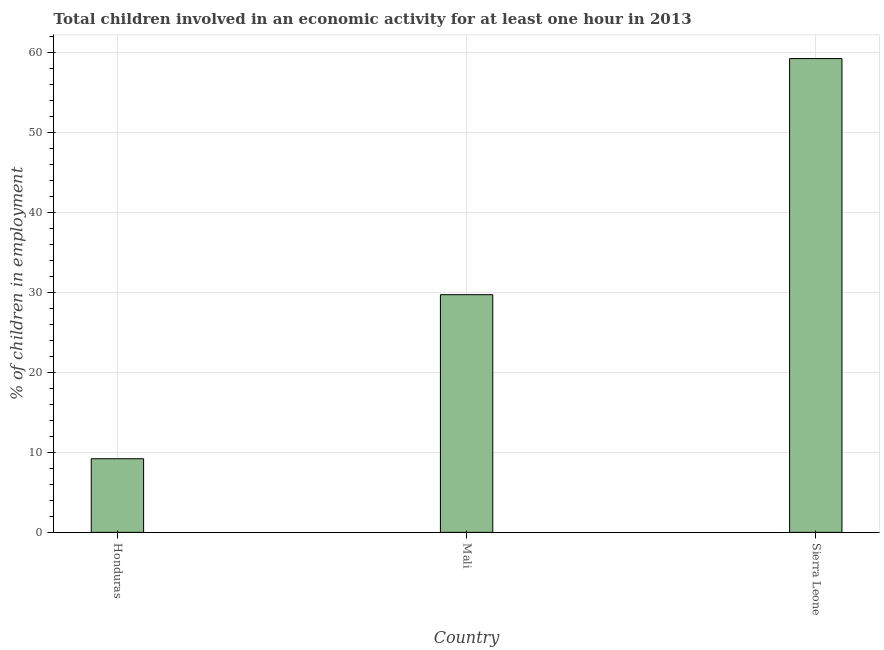
| Country | Children in employment |
 | --- | --- |
 | Honduras | 9.2 |
 | Mali | 29.7 |
 | Sierra Leone | 59.2 |